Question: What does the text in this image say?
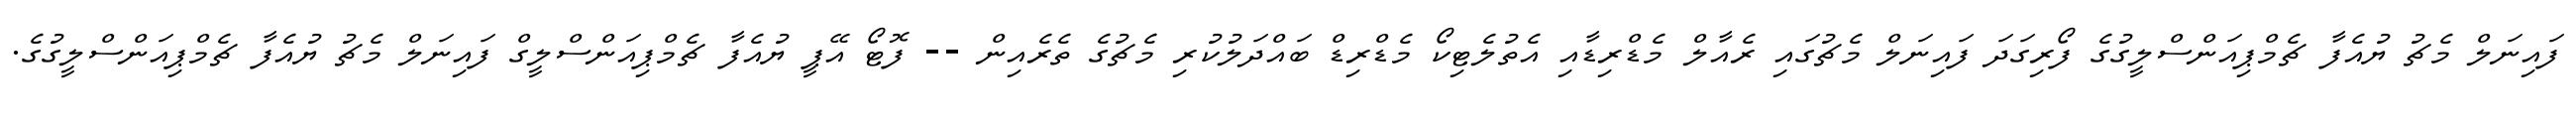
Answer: ފައިނަލް މެޗު ޔުއެފާ ޗެމްޕިއަންސްލީގުގެ ފޯރިގަދަ ފައިނަލް މެޗުގައި ރެއާލް މެޑްރިޑާއި އެތުލެޓިކޯ މެޑްރިޑް ބައްދަލުކުރި މެޗުގެ ތެރެއިން -- ފޮޓޯ އޭޕީ ޔުއެފާ ޗެމްޕިއަންސްލީގް ފައިނަލް މެޗު ޔުއެފާ ޗެމްޕިއަންސްލީގުގެ.